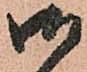
御